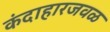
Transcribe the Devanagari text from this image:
कंदाहारजवळ